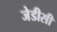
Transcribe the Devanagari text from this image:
जेडीसी